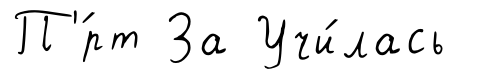
П'́рт За Учи́лась